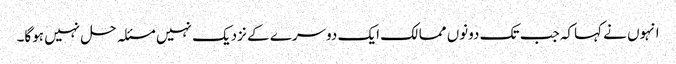
انہوں نے کہاکہ جب تک دونوں ممالک ایک دوسرے کے نزدیک نہیں مسئلہ حل نہیں ہوگا۔